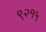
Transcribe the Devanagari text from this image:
९२१५